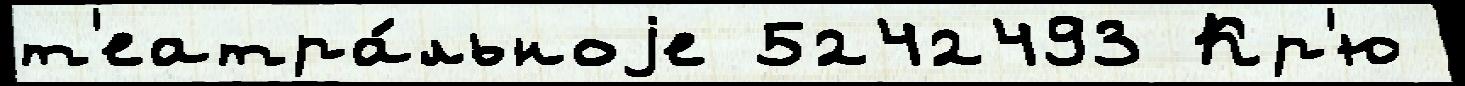
т'еатра́льноjе 5242493 Кр'ю